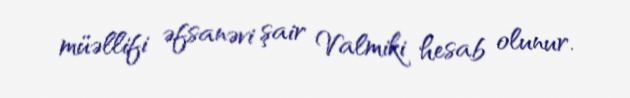
müəllifi əfsanəvi şair Valmiki hesab olunur.